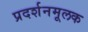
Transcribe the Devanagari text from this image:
प्रदर्शनमूलक